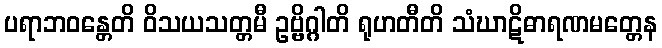
ပရာဘဝန္တေတိ ဝိသယသတ္တမီ ဥဗ္ဗိဂ္ဂါတိ ရုဟတီတိ သံဃာဋိဓာရဏမတ္တေန